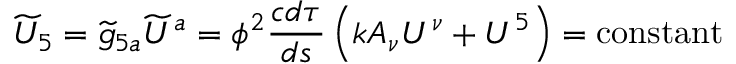
{ \widetilde { U } } _ { 5 } = { \widetilde { g } } _ { 5 a } { \widetilde { U } } ^ { a } = \phi ^ { 2 } { \frac { c d \tau } { d s } } \left( k A _ { \nu } U ^ { \nu } + U ^ { 5 } \right) = \mathrm { { c o n s t a n t } }